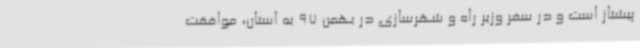
پیشتاز است و در سفر وزیر راه و شهرسازی در بهمن 97 به استان، موافقت